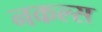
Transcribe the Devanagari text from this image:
नकल्स